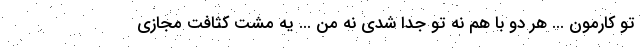
تو کارمون ... هر دو با هم نه تو جدا شدی نه من ... یه مشت کثافت مجازی